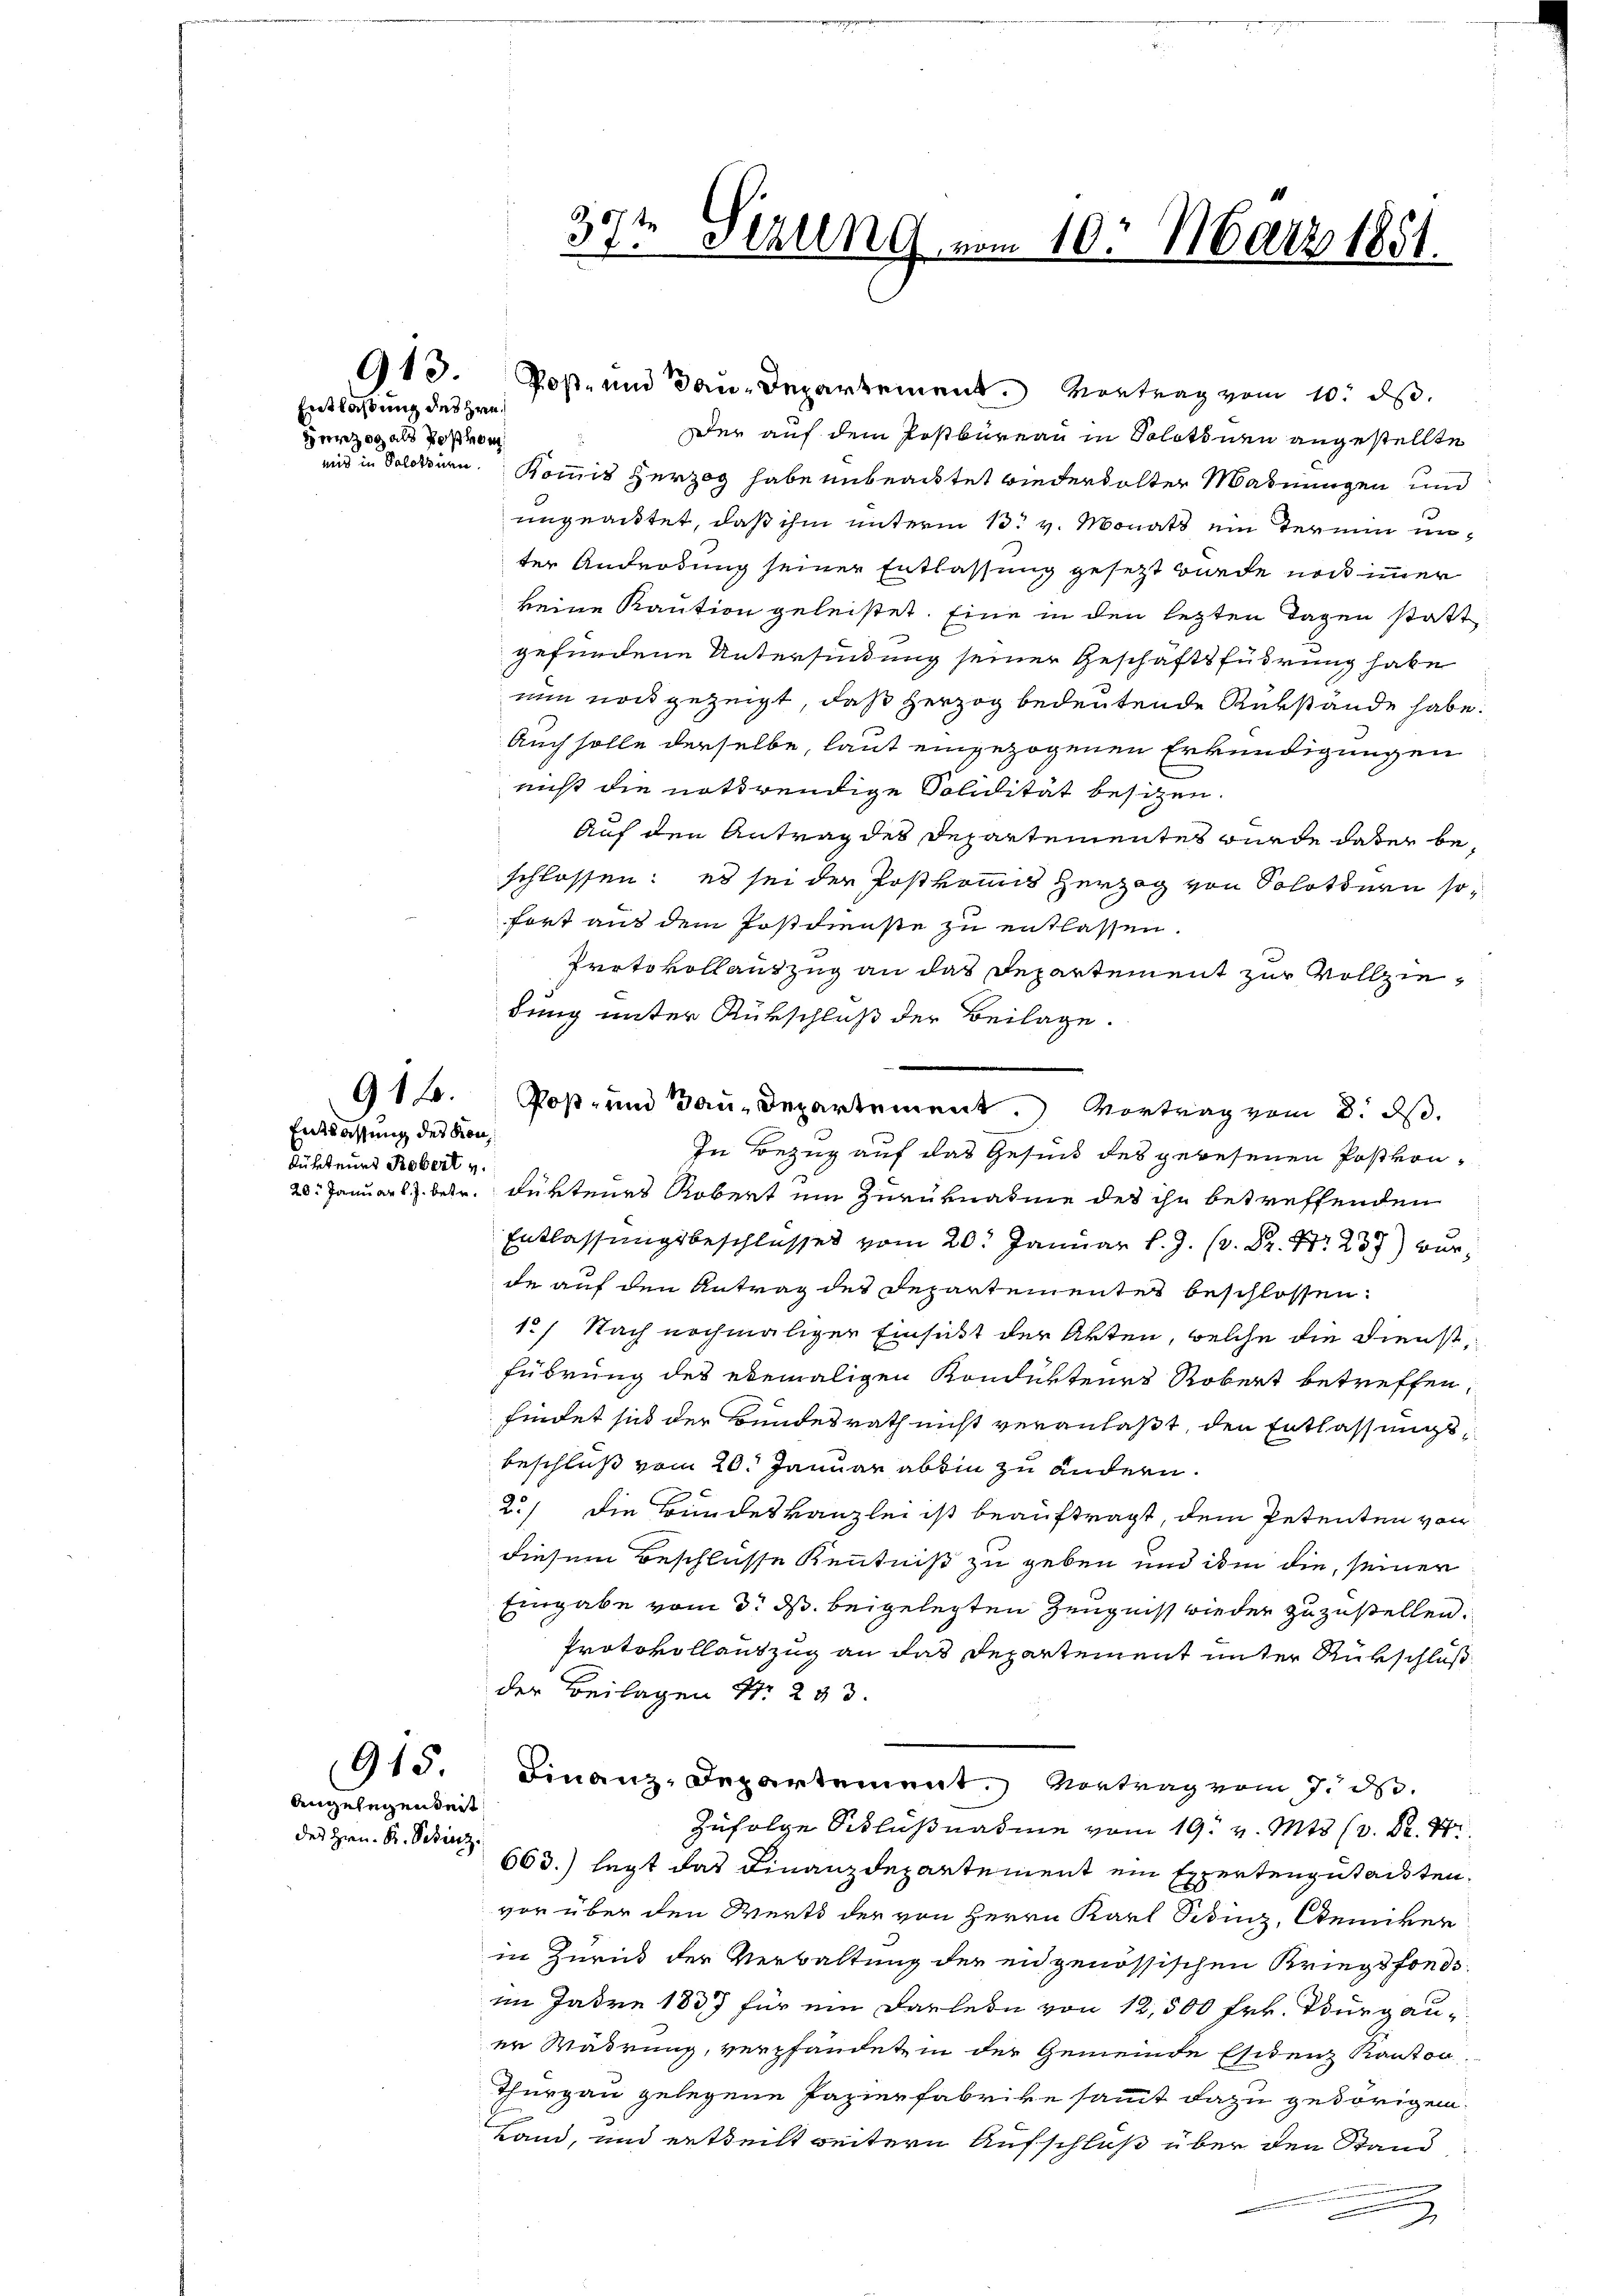
Entlaßung des Hrn.
Herzog als Post vom
mid in Solothurn.

913.

91.

Entlassung des Kon
dürfenes Robert v.

915.
Angelegenseit
des Hrn. Kr. Schierz

§ 87 f
37. Schling vom 10. März 1851.

Post- und Bau-Departement. Vortrag vom 10. ds.
Der auf dem Postbüreau in Solotinen angestellte
Kommis Herzog habe unbeachtet wiederholter Mahnungen und
ungeachtet, daß ihm unterm 13. v. Monats ein Termin unter Androdung seiner Entlassung gesetzt wurde noch immer
keine Kaution geleistet. Eine in den letzten Tagen statt
gefundene Unterfindung seiner Geschäftsführung habe
nun noch gezeigt, daß Herzog bedeutende Rükstände habe.
Auch solle derselbe, laut eingezogenen Erkundigungen
nicht die nothwendige Solidität besitzen.
Auf den Antrag des Departementes wurde dabei beschlossen: es sei der Postkomit Herzog von Solottern sofort aus dem Postdienste zu entlassen.
Protokoll auszug an das Departement zur Vollziedung unter Rükschluß der Beilage.
In Bezug auf das Gesund des gewesenen Postvon¬
28. Januars betr. Fürtenes Robert ein Zuruknahme des ihn betreffenden
Entlassungsbeschlusses vom 20. Januar l. J. . . . 237) wurde auf den Antrag des Departementes beschlossen:
12) Nach nochmaligen Einsicht der Akten, welche die Dienst,
führung des ebemaligen Kondukteurs Robert betreffen,
findet sich der Bundesrath nicht veranlaßt, den Entlassungsbeschluß vom 20. Januar abhin zu ändern.
2./ die Bundeskanzlei ist beauftragt, dem Petenten von
diesem Beschlusse Kenntniß zu geben und ihm die, seiner
Eingabe vom 3. ds. beigelegten Zeugnis wieder zuzustellen.
Protokollantzug an das Departement unter Rükschluß
der Beilagen No. 293.
Finanz-Departement. Vortrag vom 7. d.
Zufolge Schlußnahme vom 19. v. Mts. (3. 82. 44.
663.) legt das Finanzdepartement ein Expertengutachten.
vor über den Werts der von Herrn Karl Sibinz, Ademiker
in Zurück der Verwaltung der eidgenössischen Kriegsfondsim Jahre 1837 für ein Darlein von 12,500 Frk. Burgau-
er Wahrung, verpfändet in der Gemeinde Esitenz Kanton
Thurgau gelegene Papierfabrike sammt dazu gehörigen.
Land, und ertheilt weitern Aufschluß über den Stand
.

Post- und Bau-Departement. Vortrag vom 8. ds.